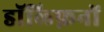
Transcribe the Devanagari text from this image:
डॉल्फ़िनों